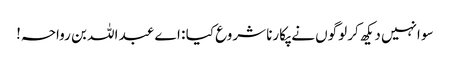
سو انہیں دیکھ کر لوگوں نے پکارنا شروع کیا : اے عبد اللہ بن رواحہ!